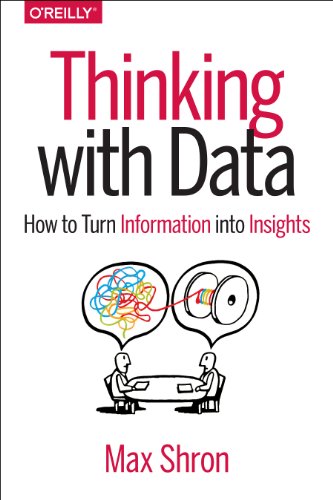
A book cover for Thinking with Data: How to Turn Information into Insights; Max Shron; Computers & Technology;